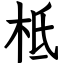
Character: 柢